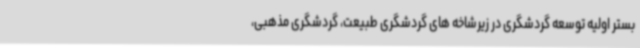
بستر اولیه توسعه گردشگری در زیرشاخه های گردشگری طبیعت، گردشگری مذهبی،